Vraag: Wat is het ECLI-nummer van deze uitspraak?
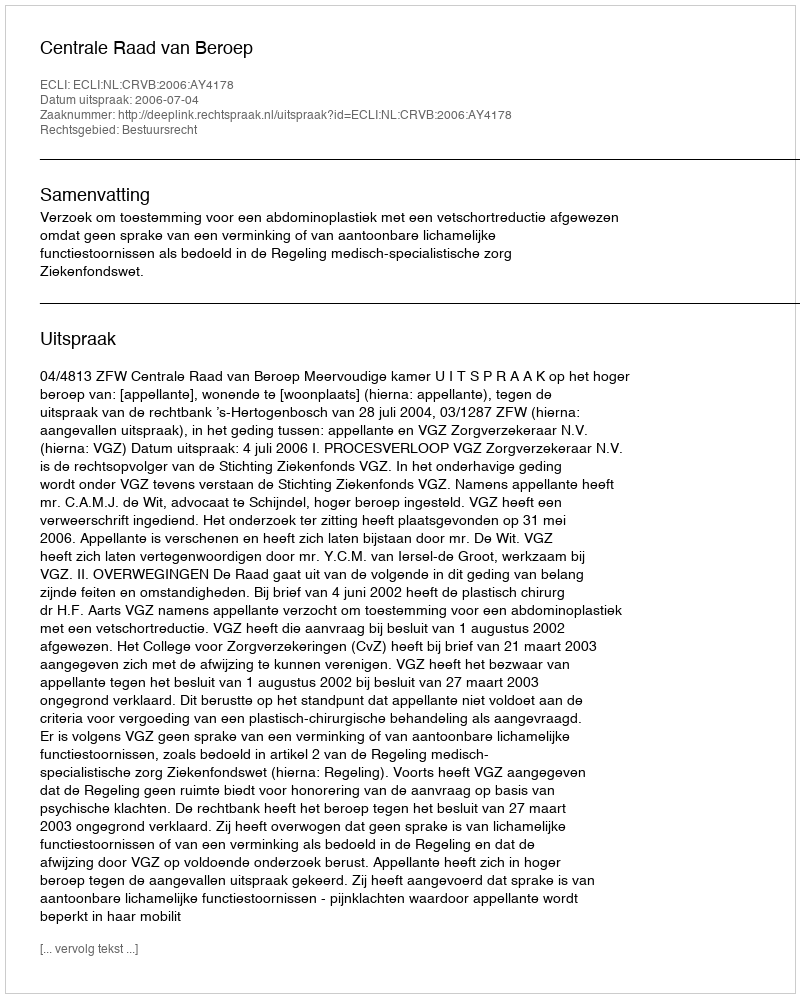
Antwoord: ECLI:NL:CRVB:2006:AY4178